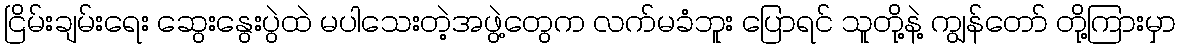
ငြိမ်းချမ်းရေး ဆွေးနွေးပွဲထဲ မပါသေးတဲ့အဖွဲ့တွေက လက်မခံဘူး ပြောရင် သူတို့နဲ့ ကျွန်တော် တို့ကြားမှာ